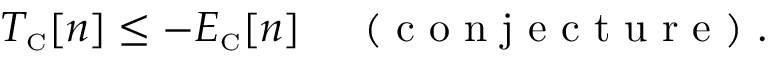
T _ { \scriptscriptstyle \mathrm { C } } [ n ] \leq - E _ { \scriptscriptstyle \mathrm { C } } [ n ] \, \quad \mathrm { ~ ( ~ c ~ o ~ n ~ j ~ e ~ c ~ t ~ u ~ r ~ e ~ ) ~ } .